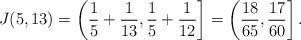
LaTeX: \begin{align*}J(5,13) = \left( \frac{1}{5} + \frac{1}{13}, \frac{1}{5} + \frac{1}{12} \right] = \left( \frac{18}{65}, \frac{17}{60} \right]. \end{align*}